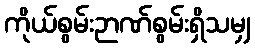
ကိုယ်စွမ်းဉာဏ်စွမ်းရှိသမျှ